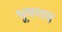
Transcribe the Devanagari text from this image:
भूषणम